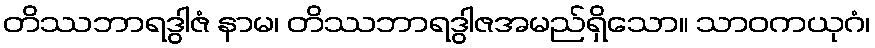
တိဿဘာရဒွါဇံ နာမ၊ တိဿဘာရဒွါဇအမည်ရှိသော။ သာဝကယုဂံ၊